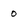
Character: 0